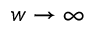
w \rightarrow \infty